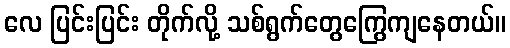
လေ ပြင်းပြင်း တိုက်လို့ သစ်ရွက်တွေကြွေကျနေတယ်။